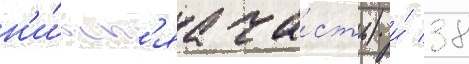
н'и́жн'яа ча́сть) и́ 38